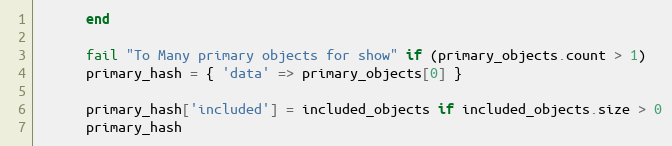
Language: Ruby
      end

      fail "To Many primary objects for show" if (primary_objects.count > 1)
      primary_hash = { 'data' => primary_objects[0] }

      primary_hash['included'] = included_objects if included_objects.size > 0
      primary_hash